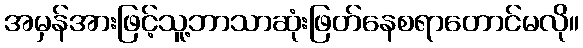
အမှန်အားဖြင့်သူ့ဘာသာဆုံးဖြတ်နေစရာတောင်မလို။